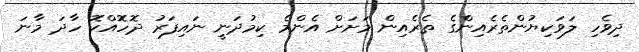
ދިވެހި ލަވަކިޔުންތެރެއިންގެ ތެރެއިން މަށަށް އެންމެ ކިމުދަނީ ނައިފަރު ދޮހޮއްކޮ ހާދަ މާނަ